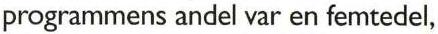
programmens andel var en femtedel,